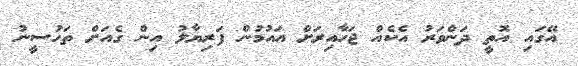
އޭގައި އޮތީ ދަންވަރު އެކެއް ޖަހާއިރަށް އައުމުން ފަރިޔާލު އިން ގެއަށް ތަހުސީނު